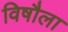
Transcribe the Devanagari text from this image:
विषौला